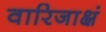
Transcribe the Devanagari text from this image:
वारिजाक्षं